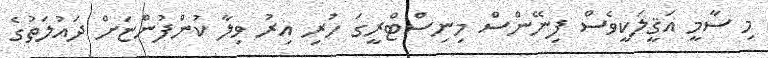
މި ސާމީ އަޤީލަކީވެސް ފިނޭންސް މިނިސްޓްރީގަ ހުރި އިރު ވިލާ ކުންފުންޏަށް ދައުލަތުގެ